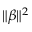
\| \beta \| ^ { 2 }